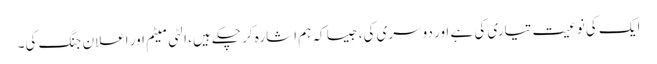
ایک کی نوعیت تیاری کی ہے اور دوسری کی، جیسا کہ ہم اشارہ کر چکے ہیں، الٹی میٹم اور اعلان جنگ کی۔